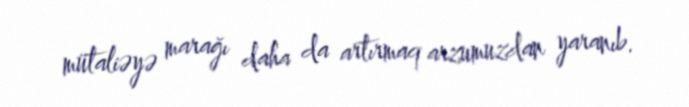
mütaliəyə marağı daha da artırmaq arzumuzdan yaranıb.